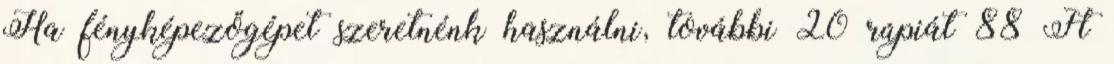
Ha fényképezőgépet szeretnénk használni, további 20 rúpiát 88 Ft